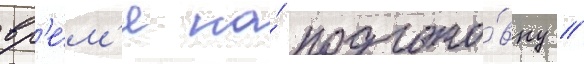
вр'е́м'я на́ подгото́вку //